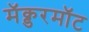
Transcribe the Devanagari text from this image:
मॅक्डरमॉट